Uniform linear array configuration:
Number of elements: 48
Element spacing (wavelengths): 1
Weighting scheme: kaiser
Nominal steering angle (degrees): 0
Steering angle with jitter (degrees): -1.135
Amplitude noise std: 0.05
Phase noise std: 0.05

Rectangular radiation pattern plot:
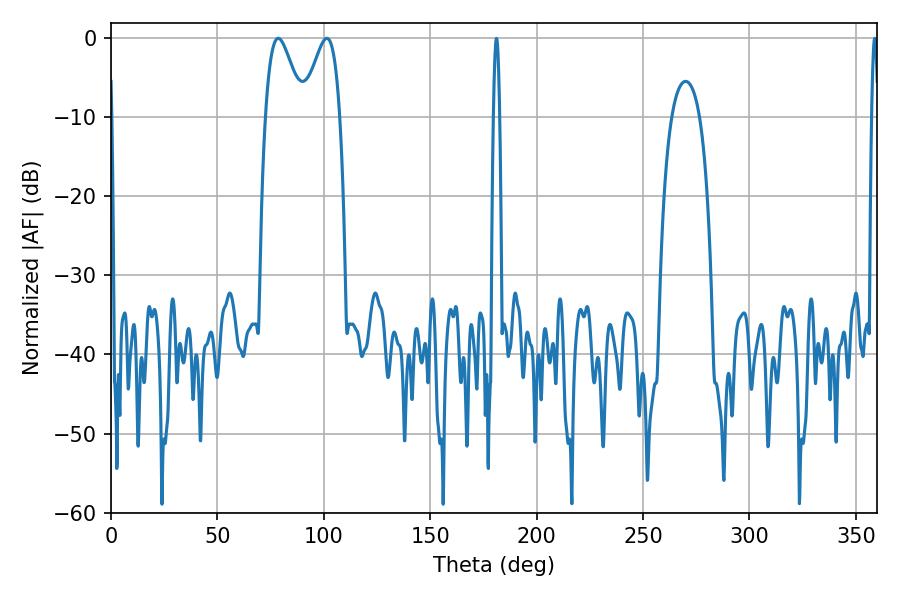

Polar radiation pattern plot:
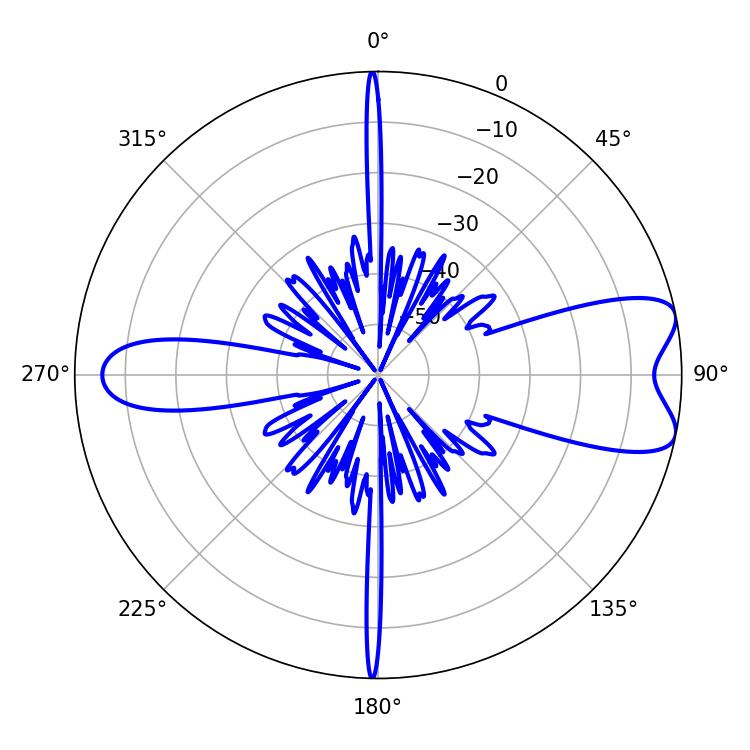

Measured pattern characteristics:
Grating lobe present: TRUE
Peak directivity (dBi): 8.29
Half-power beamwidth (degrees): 9.36
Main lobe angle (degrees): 78.66